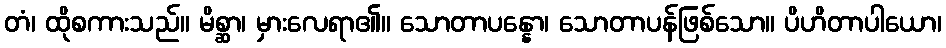
တံ၊ ထိုစကားသည်။ မိစ္ဆာ၊ မှားလေရာ၏။ သောတာပန္နော၊ သောတာပန်ဖြစ်သော။ ပိဟိတာပါယော၊